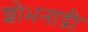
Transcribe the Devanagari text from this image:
शोभनाद्री